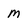
Character: M